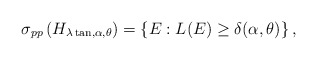
\begin{align*}\sigma_{p p}\left(H_{\lambda \tan, \alpha, \theta}\right)=\left\{E: L(E) \geq \delta(\alpha, \theta)\right\},\end{align*}